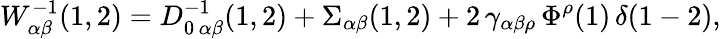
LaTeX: W_{\alpha\beta}^{-1}(1,2)=D_{0\, \alpha\beta}^{-1}(1,2)+\Sigma_{\alpha\beta}(1,2)+2\, \gamma_{\alpha\beta\rho}\, \Phi^{\rho}(1)\, \delta(1-2),